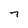
Character: 7